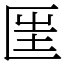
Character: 匩